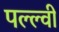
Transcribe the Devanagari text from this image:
पल्ल्वी